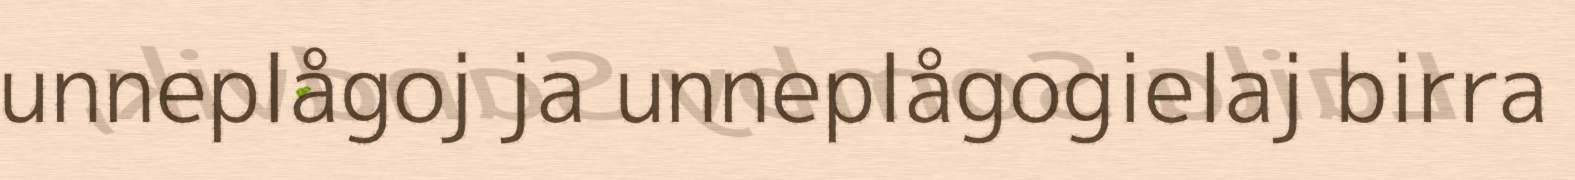
unneplågoj ja unneplågogielaj birra